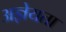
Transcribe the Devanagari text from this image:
अज्ञेयता